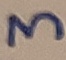
Text: 3